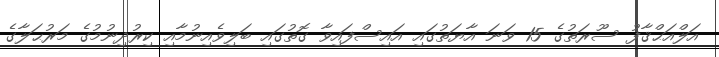
އަލްއަޙްޤާފު ސޫރަތުގެ 15 ވަނަ އާޔަތުގައި އައިސްފައިވާ ގޮތުގައި ބަލިވެއިނުމާއި ކިރުދިނުމުގެ މަރުޙަލާގެ